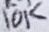
Text: 10K